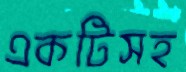
একটিসহ